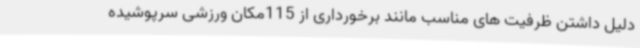
دلیل داشتن ظرفیت های مناسب مانند برخورداری از 115مکان ورزشی سرپوشیده